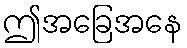
ဤအခြေအနေ